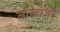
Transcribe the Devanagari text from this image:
लौंडेबाज़ी